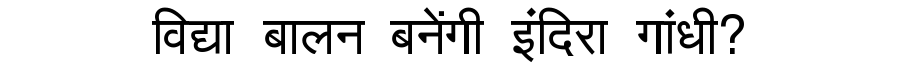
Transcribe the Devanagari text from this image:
विद्या बालन बनेंगी इंदिरा गांधी?